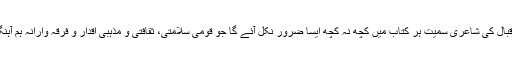
کیونکہ غالب و اقبال کی شاعری سمیت ہر کتاب میں کچھ نہ کچھ ایسا ضرور نکل آئے گا جو قومی سلامتی، ثقافتی و مذہبی اقدار و فرقہ وارانہ ہم آہنگی کے منافی ہو۔